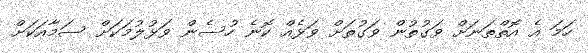
ހަމަ އެ އޮތްތަނަށް ވަގުތުން ވަގުތަށް ވަޅެއް ކޮނެ ހުސެން ވަޅުލުމަކަށް ސަމާއަކަށް